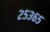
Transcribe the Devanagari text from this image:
२५३६५